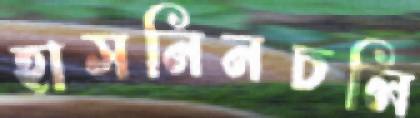
হাসনিনচলি